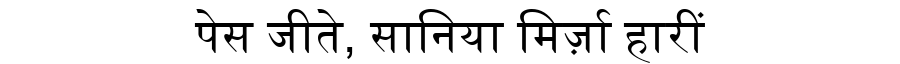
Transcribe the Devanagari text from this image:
पेस जीते, सानिया मिर्ज़ा हारीं